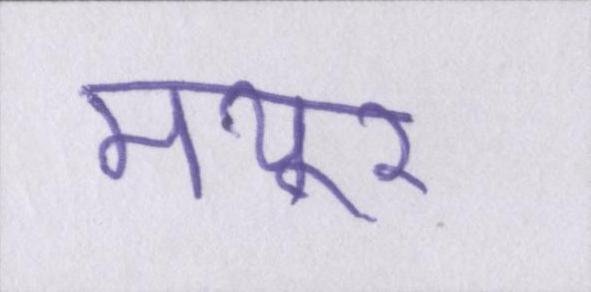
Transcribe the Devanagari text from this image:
मयूर